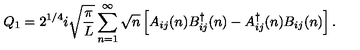
Q _ { 1 } = 2 ^ { 1 / 4 } i \sqrt { \frac { \pi } { L } } \sum _ { n = 1 } ^ { \infty } \sqrt { n } \left[ A _ { i j } ( n ) B _ { i j } ^ { \dag } ( n ) - A _ { i j } ^ { \dag } ( n ) B _ { i j } ( n ) \right] .